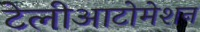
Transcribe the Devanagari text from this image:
टेलीआटोमेशन